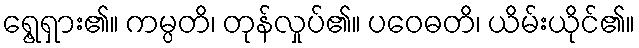
ရွေ့ရှား၏။ ကမ္ပတိ၊ တုန်လှုပ်၏။ ပဝေဓတိ၊ ယိမ်းယိုင်၏။